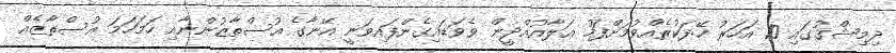
ދިމިޝްޤުގައި 10 އަހަރު ހޭދަކުރެއްވުމަށްފަހު ޢަލާއުއްދީން ވެވަޑައިގެންފައިވަނީ އޭނާގެ އުސްތާޒުންނާއި ހަމަހަމަ އުސްތާޒެއް